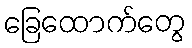
ခြေထောက်တွေ